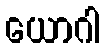
ယောဂါ